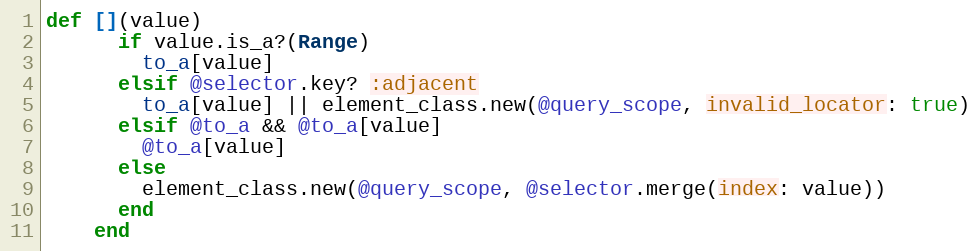
Language: Ruby
def [](value)
      if value.is_a?(Range)
        to_a[value]
      elsif @selector.key? :adjacent
        to_a[value] || element_class.new(@query_scope, invalid_locator: true)
      elsif @to_a && @to_a[value]
        @to_a[value]
      else
        element_class.new(@query_scope, @selector.merge(index: value))
      end
    end